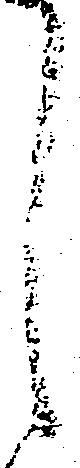
し